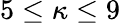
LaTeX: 5\leq\kappa\leq 9